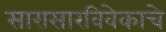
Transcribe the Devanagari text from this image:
सारासारविवेकाचे